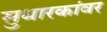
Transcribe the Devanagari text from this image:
सुधारकांवर